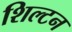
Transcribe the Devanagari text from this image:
शिल्टन